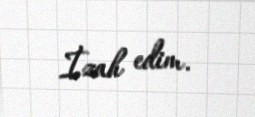
İzah edim.